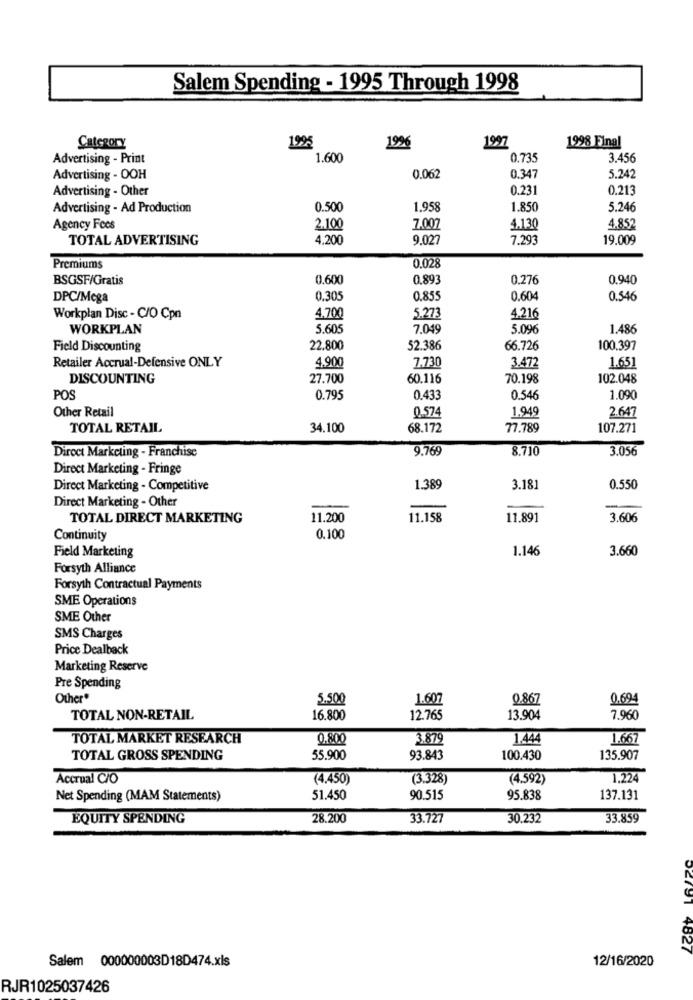
Salem Spending - 1995 Through 1998
1995
1997
1998 Final
Category
1996
Advertising - Print
1.600
0.735
3.456
Advertising - OOH
0.062
0.347
5.242
Advertising - Other
0.231
0.213
Advertising - Ad Production
0.500
1.958
1.850
5.246
Agency Fees
2.100
7.007
4.130
4.852
TOTAL ADVERTISING
4,200
9.027
7.293
19.009
Premiums
0.028
BSGSF/Gratis
0.600
0,893
0.276
0.940
DPC/Mega
0.305
0.855
0.604
0.546
Workplan Disc - C/O Cpn
4.700
5.273
4.216
WORKPLAN
5.605
7.049
5.096
1.486
Field Discounting
22,800
52.386
66.726
100.397
Retailer Accrual-Defensive ONLY
4.900
7.730
3.472
1.651
DISCOUNTING
27.700
60.116
70.198
102.048
POS
0.795
0.433
0.546
1.090
Other Retail
0.574
1.949
2.647
TOTAL RETAIL
34.100
68.172
77.789
107.271
9.769
8.710
3.056
Direct Marketing - Franchise
Direct Marketing - Fringe
Direct Marketing - Competitive
1.389
3.181
0.550
Direct Marketing - Other
TOTAL DIRECT MARKETING
11.200
11.158
11.891
3.606
Continuity
0.100
1.146
3.660
Field Marketing
Forsyth Alliance
Forsyth Contractual Payments
SME Operations
SME Other
SMS Charges
Price Dealback
Marketing Reserve
Pre Spending
Other*
5.500
1.607
0.867
0.694
TOTAL NON-RETAIL
16.800
12.765
13.904
7.960
TOTAL MARKET RESEARCH
0.800
3.879
1.444
1.667
TOTAL GROSS SPENDING
55.900
93.843
100.430
135.907
Accrual C/O
(4.450)
(3.328)
(4.592)
1.224
Net Spending (MAM Statements)
51.450
90.515
95.838
137.131
EQUITY SPENDING
28.200
33.727
30.232
33.859
02791 4827
Salem 000000003D18D474.xls
12/16/2020
RJR1025037426